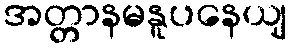
အတ္တာနမနူပနေယျ